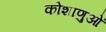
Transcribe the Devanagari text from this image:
कोशाणुओं